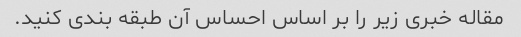
مقاله خبری زیر را بر اساس احساس آن طبقه بندی کنید.